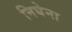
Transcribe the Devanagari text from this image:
निघेना